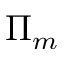
\Pi _ { m }